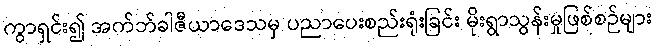
ကွာရှင်း၍ အက်ဘ်ခါဇီယာဒေသမှ ပညာပေးစည်းရုံးခြင်း မိုးရွာသွန်းမှုဖြစ်စဉ်များ